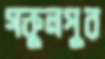
গকুলপুর